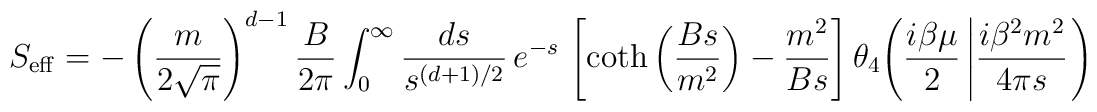
S_{\rm eff} = - \left({m\over 2\sqrt{\pi}}\right)^{d-1} {B\over    2\pi} \int_0^\infty {ds\over s^{(d+1)/2}}\, e^{-s}\,  \left[\coth\left({Bs\over m^2}\right)-{m^2\over Bs} \right]  \theta_4{\left({i\beta\mu\over 2}\left|      {i\beta^2m^2\over 4\pi s} \right. \right)}